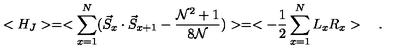
< H _ { J } > = < \sum _ { x = 1 } ^ { N } ( \vec { S } _ { x } \cdot \vec { S } _ { x + 1 } - \frac { { \cal N } ^ { 2 } + 1 } { 8 \cal N } ) > = < - \frac { 1 } { 2 } \sum _ { x = 1 } ^ { N } L _ { x } R _ { x } > \quad .